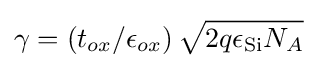
\gamma =\left(t_{ox}/\epsilon _{ox}\right){\sqrt {2q\epsilon _{\text{Si}}N_{A}}}